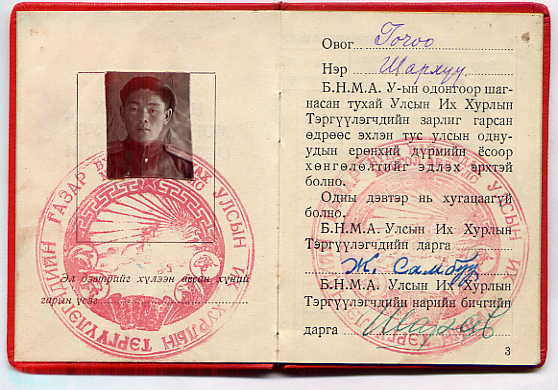
Language: mn